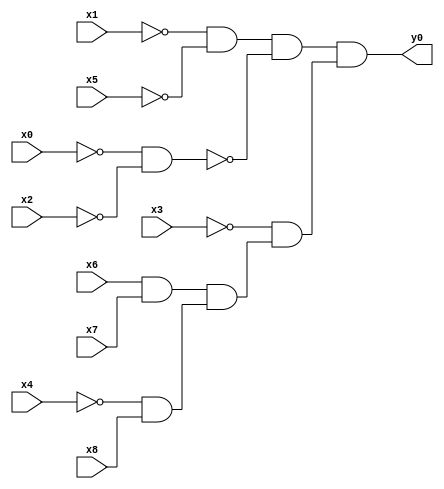
module top( x0 , x1 , x2 , x3 , x4 , x5 , x6 , x7 , x8 , y0 );
  input x0 , x1 , x2 , x3 , x4 , x5 , x6 , x7 , x8 ;
  output y0 ;
  wire n10 , n11 , n12 , n13 , n14 , n15 , n16 , n17 ;
  assign n10 = ~x1 & ~x5 ;
  assign n11 = ~x0 & ~x2 ;
  assign n12 = n10 & ~n11 ;
  assign n13 = x6 & x7 ;
  assign n14 = ~x4 & x8 ;
  assign n15 = n13 & n14 ;
  assign n16 = ~x3 & n15 ;
  assign n17 = n12 & n16 ;
  assign y0 = n17 ;
endmodule